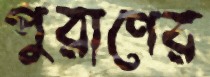
পুরাণের